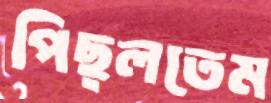
পিছ্‌লতেম